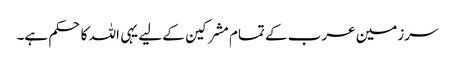
سرزمین عرب کے تمام مشرکین کے لیے یہی اللہ کا حکم ہے۔